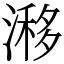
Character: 𣻗